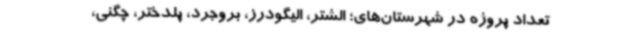
تعداد پروژه در شهرستان‌های؛ الشتر، الیگودرز، بروجرد، پلدختر، چگنی،